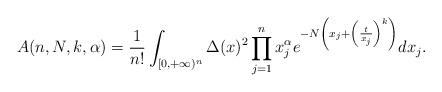
LaTeX: \begin{align*}A(n,N,k,\alpha)=\frac{1}{n!}\int_{[0,+\infty)^n}\Delta(x)^2 \prod_{j=1}^n x_j^\alpha e^{-N\left(x_j+\left(\frac{t}{x_j}\right)^k\right)}dx_j.\end{align*}